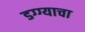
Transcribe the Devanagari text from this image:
डग्ग्याचा